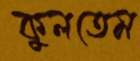
কুলতেম